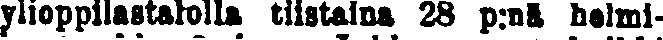
ylioppilastalolla tiistaina 28 p:na helmi-